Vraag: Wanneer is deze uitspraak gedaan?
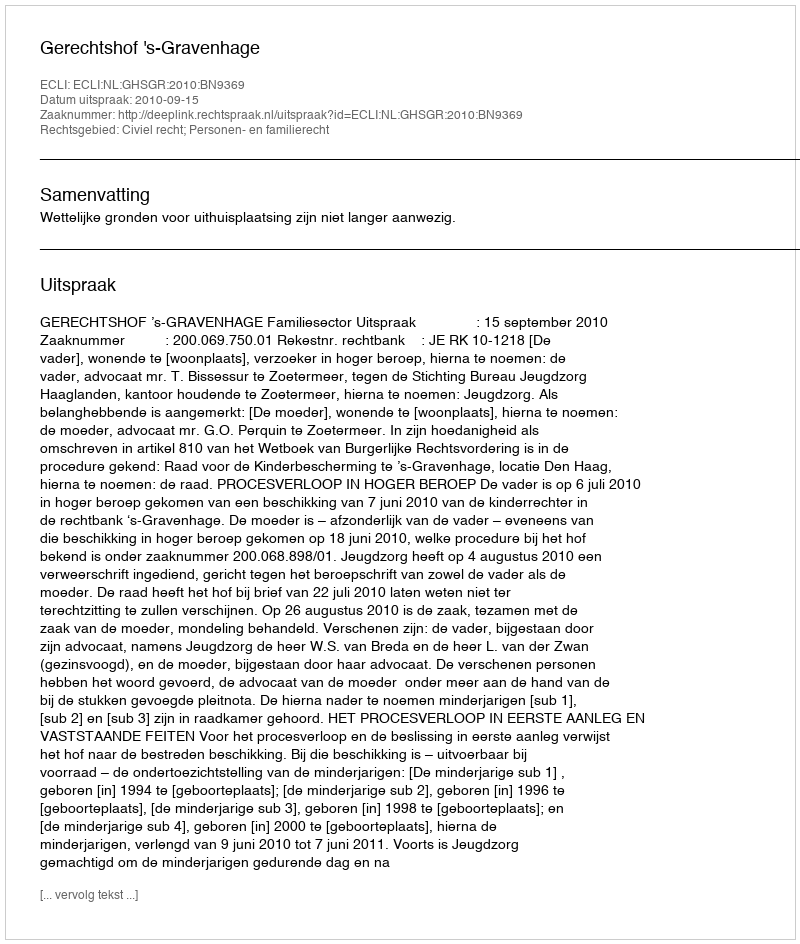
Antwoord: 2010-09-15